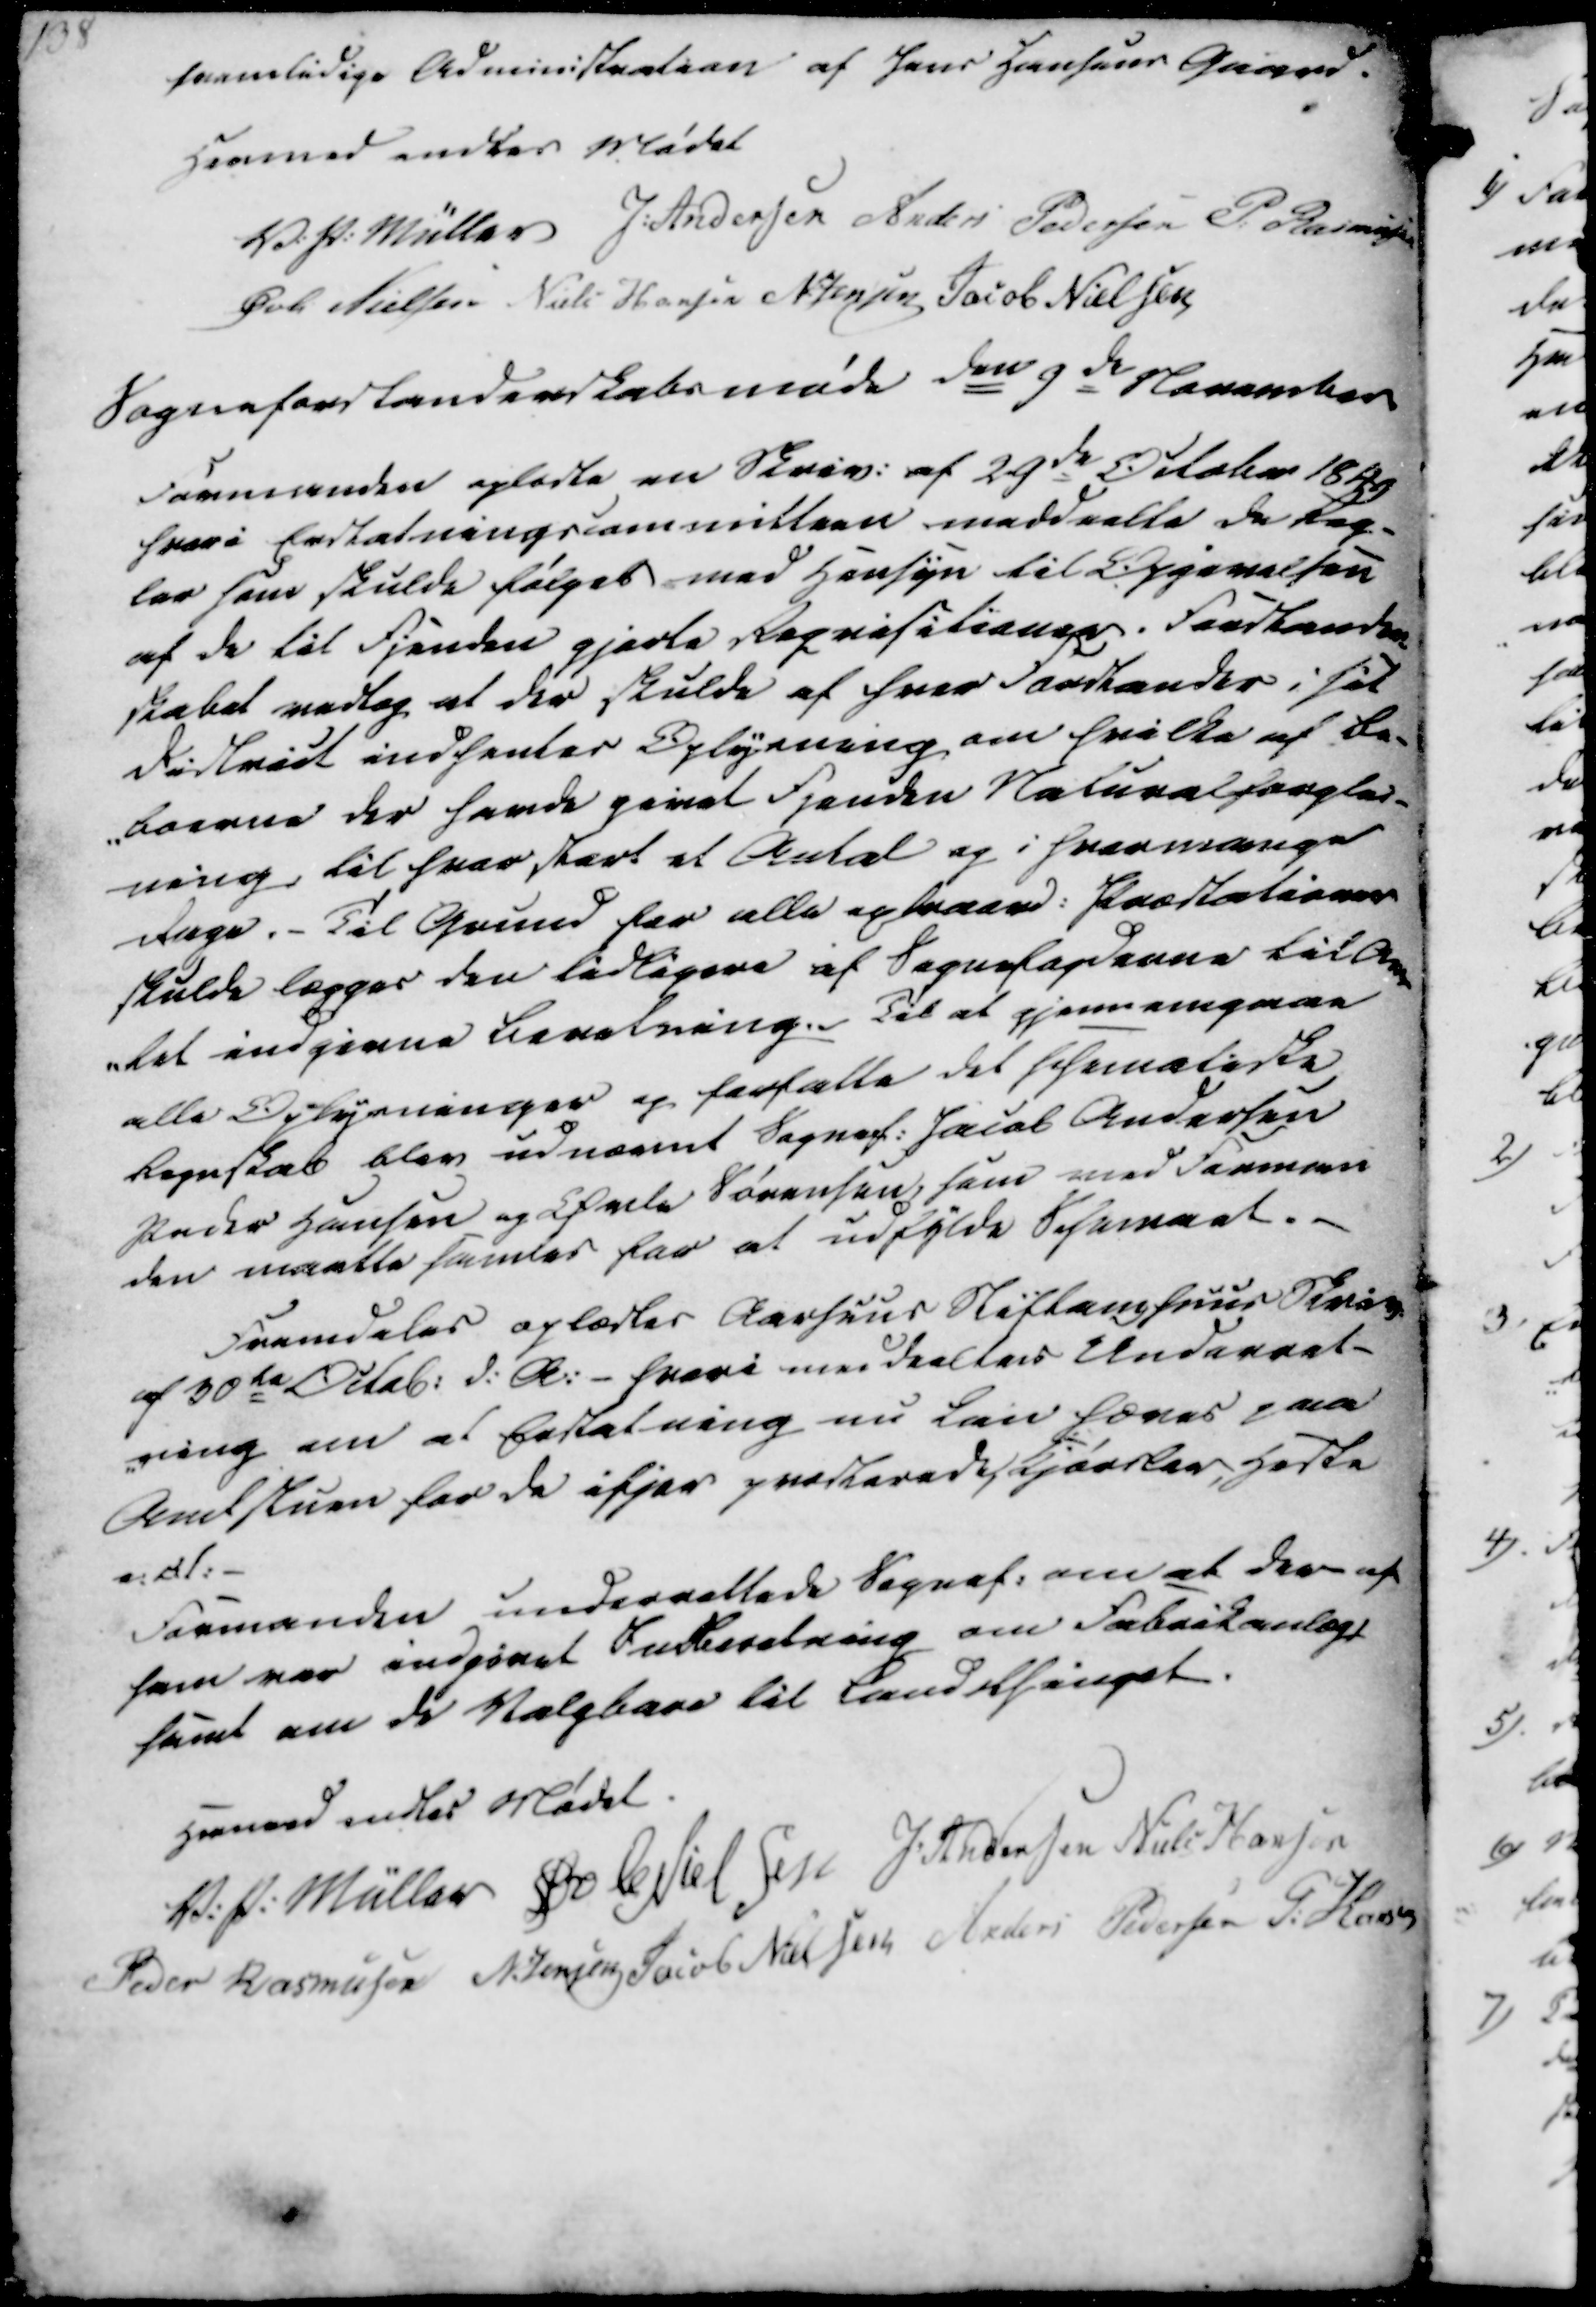
Transskription:
fremtidige Administration af Jens Hansens Gaard.
Hermed endtes Mødet
V. P. Müller
J. Andersen
Anders Pedersen
P. Rasmussen
Øvli Nielsen
Niels Hansen
N Jensen
Jacob Nielsen

Sogneforstanderskabsmøde den 9de November
Formanden oplæste en Skriv. af 29de October 1849
hvori Erstatningscommitteen meddeelte de Reg-
ler som skulde følges med Hensyn til Opgivelsen
af de til fjenden gjorte Reqvisitioner. Forstander-
skabet vedtog at der skulde af hver Forstander i sit
District indhentes Oplysning om hvilke af Be-
-boerne der havde givet Fjenden Naturalforplei-
ning, til hvor stort et Antal og i hvormange
Dage. - Til Grund for alle extraord. Præstationer
skulde lægges den tidligere af Sognefogderne til Am-
-tet indgivne Beretning. Til at gjennemgaae
alle Oplysninger og forfatte det schemaliske
Regnskab blev udnævnt Sognef. Jacob Andersen
Peder Hansen og Øvle Sørensen, som med Forman
den maatte samles for at udfylde Schemaet.

Fremdeles oplæstes Aarhuus Stiftamhuus Skriv
af 30te Octob. d.A. - hvori meddeeltes Underret-
-ning om at Erstatning nu kan hæves paa
Amtstuen for de ifjor præsterede Kjørsler, Heste
o.d.l.
Formanden underrettede Sognef. om at der af
ham var indgivet Indberetning om Fabrikanlæg,
samt om de Valgbare til Landsthinget.

Herved endtes Mødet.
V. P. Müller
Øvle Nielsen
J. Andersen
Niels Hansen
Peder Rasmussen
N. Jensen
Jacob Nielsen
Anders Pedersen
P. Hansen